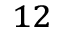
^ { 1 2 }